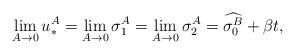
LaTeX: \begin{align*}\lim\limits_{A\rightarrow0}u_*^{A}=\lim\limits_{A\rightarrow0}\sigma_1^{A}=\lim\limits_{A\rightarrow0}\sigma_2^{A}=\widehat{\sigma_{0}^{B}}+\beta t,\end{align*}